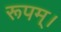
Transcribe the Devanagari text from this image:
रूपम्।